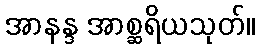
အာနန္ဒ အာစ္ဆရိယသုတ်။